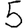
Digit: 5